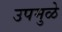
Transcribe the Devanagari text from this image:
उपमुळे